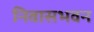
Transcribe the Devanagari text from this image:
निवासभवन